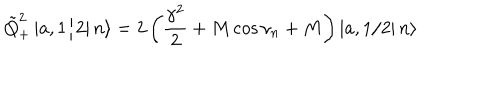
\tilde { Q } _ { + } ^ { 2 } \left| \left. a , 1 / 2 \right| n \right\rangle = 2 \left( \frac { \gamma ^ { 2 } } { 2 } + M \cos \nu _ { n } + M \right) \left| \left. a , 1 / 2 \right| n \right\rangle